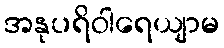
အနုပရိဝါရေယျာမ